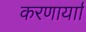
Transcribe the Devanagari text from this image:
करणार्याा